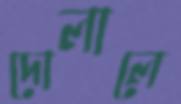
দোলালে